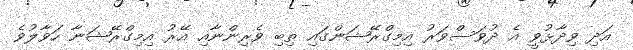
އަދި ވިދާޅުވީ އެ ދުވަސްވަރު އިމިގްރޭޝަންގައި ތިބި ވެރިންނާއި އޭރު އިމިގްރޭޝަނާ ހަވާލުވެ